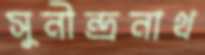
সুনীন্দ্রনাথ